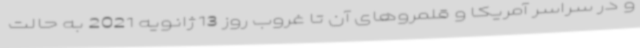
و در سراسر آمریکا و قلمروهای آن تا غروب روز 13 ژانویه 2021 به حالت